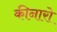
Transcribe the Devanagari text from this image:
कीनारो